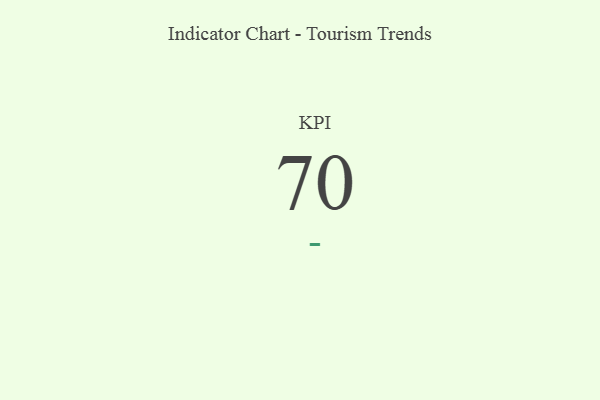
{"axis": {"x": "KPI", "y": "Value"}, "legend": [""], "data": [{"x": "KPI", "y": 70, "type": ""}]}